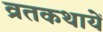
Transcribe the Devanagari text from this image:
व्रतकथायें